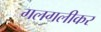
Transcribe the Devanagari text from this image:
गलगलीकर